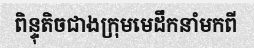
ពិន្ទុតិចជាងក្រុមមេដឹកនាំមកពី